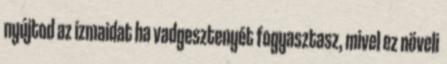
nyújtod az izmaidat ha vadgesztenyét fogyasztasz, mivel ez növeli